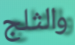
والثلج